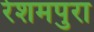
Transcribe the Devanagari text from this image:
रेशमपुरा